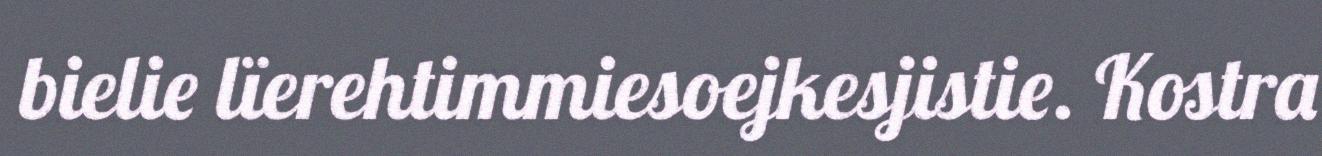
bielie lïerehtimmiesoejkesjistie. Kostra